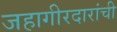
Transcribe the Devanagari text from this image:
जहागीरदारांची